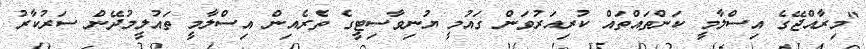
"މިރާއްޖޭގެ އިސްލާމީ ކަންތައްތައް ކުރިއަރުވަން ގައުމީ ޔުނިވާސިޓީގެ ތެރެއިން އިސްލާމީ ތައުލީމުދޭން ސަރުކާރު